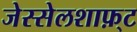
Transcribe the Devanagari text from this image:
जेस्सेलशाफ़्ट